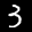
Label: 3